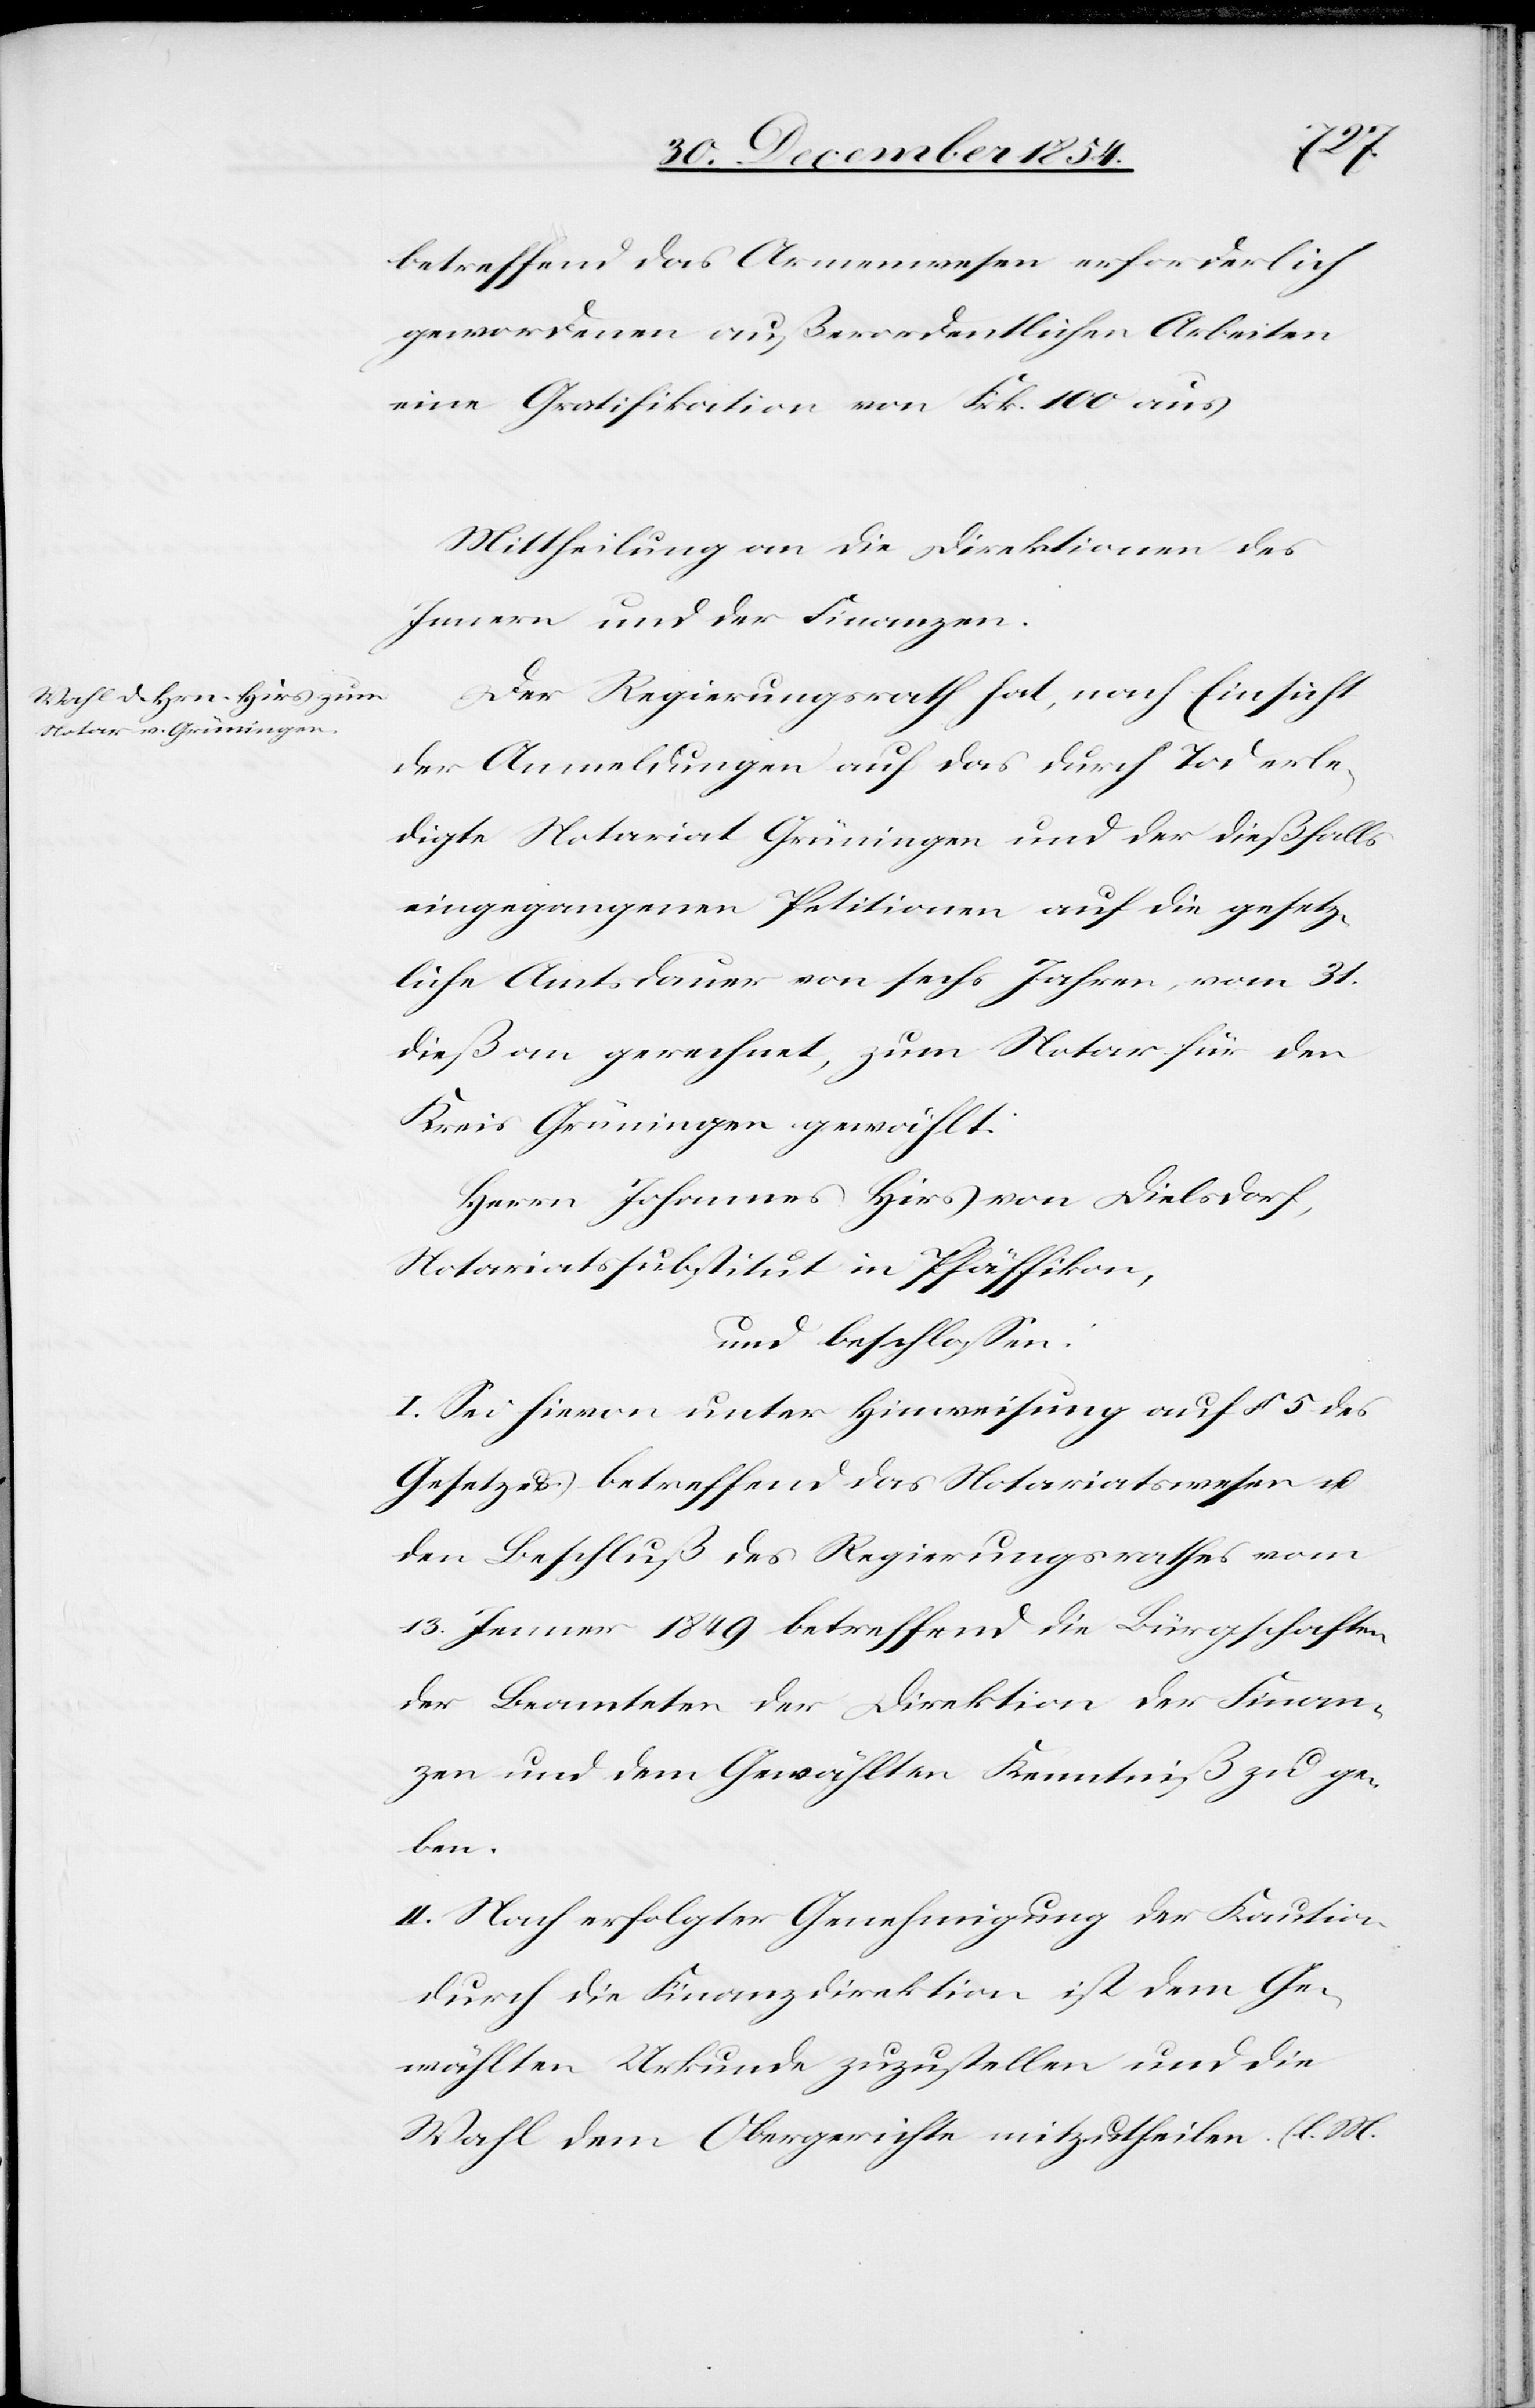
betreffend das Armenwesen erforderlich
gewordenen außerordentlichen Arbeiten
eine Gratifikation von Frk. 100 aus
Mittheilung an die Direktionen des
Innern und der Finanzen.
Der Regierungsrath hat, nach Einsicht
der Anmeldungen auf das durch Tod erle¬
digte Notariat Grüningen und der dießfalls
eingegangenen Petitionen auf die gesetz¬
liche Amtsdauer von sechs Jahren, vom 31.
dieß an gerechnet, zum Notar für den
Kreis Grüningen gewählt:
Herrn Johannes Hirs von Dielsdorf,
Notariatssubstitut in Pfäffikon,
und beschloßen:
I. Sei hievon unter Hinweisung auf § 5 des
Gesetzes betreffend das Notariatswesen u.
den Beschluß des Regierungsrathes vom
13. Jenner 1849 betreffend die Bürgschaften
der Beamteten der Direktion der Finan¬
zen und dem Gewählten Kenntniß zu ge¬
ben.
II. Nach erfolgter Genehmigung der Kaution
durch die Finanzdirektion ist dem Ge¬
wählten Urkunde zuzustellen und die
Wahl dem Obergerichte mitzutheilen. (l. M.